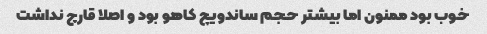
خوب بود ممنون اما بیشتر حجم ساندویچ کاهو بود و اصلا قارچ نداشت